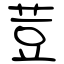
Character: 荳